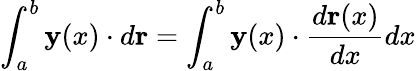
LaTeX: \int_{a}^{b}\mathbf{y}(x)\cdot d\mathbf{r}=\int_{a}^{b}\mathbf{y}(x)\cdot{\frac{d\mathbf{r}(x)}{dx}}dx